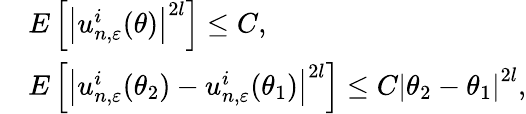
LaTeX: \begin{array}{rl}&{E\left[\left|u_{n,\varepsilon}^{i}(\theta)\right|^{2l}\right]\leq C,}\\ &{E\left[\left|u_{n,\varepsilon}^{i}(\theta_{2})-u_{n,\varepsilon}^{i}(\theta_{1})\right|^{2l}\right]\leq C\left|\theta_{2}-\theta_{1}\right|^{2l},}\end{array}